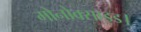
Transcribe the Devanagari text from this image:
मोनोक्साइड।